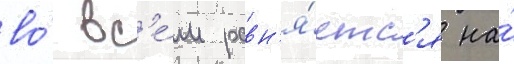
во́ вс'е́м равн'я́етс'я на́